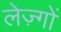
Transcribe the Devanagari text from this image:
लेज़्गों